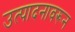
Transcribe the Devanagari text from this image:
उत्पादनावरून